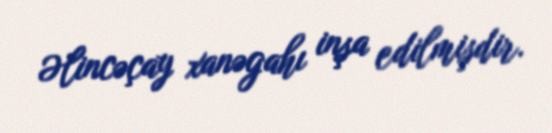
Əlincəçay xanəgahı inşa edilmişdir.